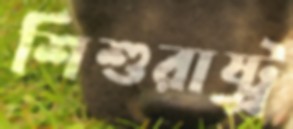
শিশুরাষ্ট্র